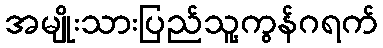
အမျိုးသားပြည်သူ့ကွန်ဂရက်